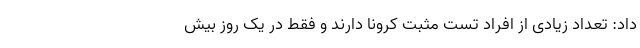
داد: تعداد زیادی از افراد تست مثبت کرونا دارند و فقط در یک روز بیش